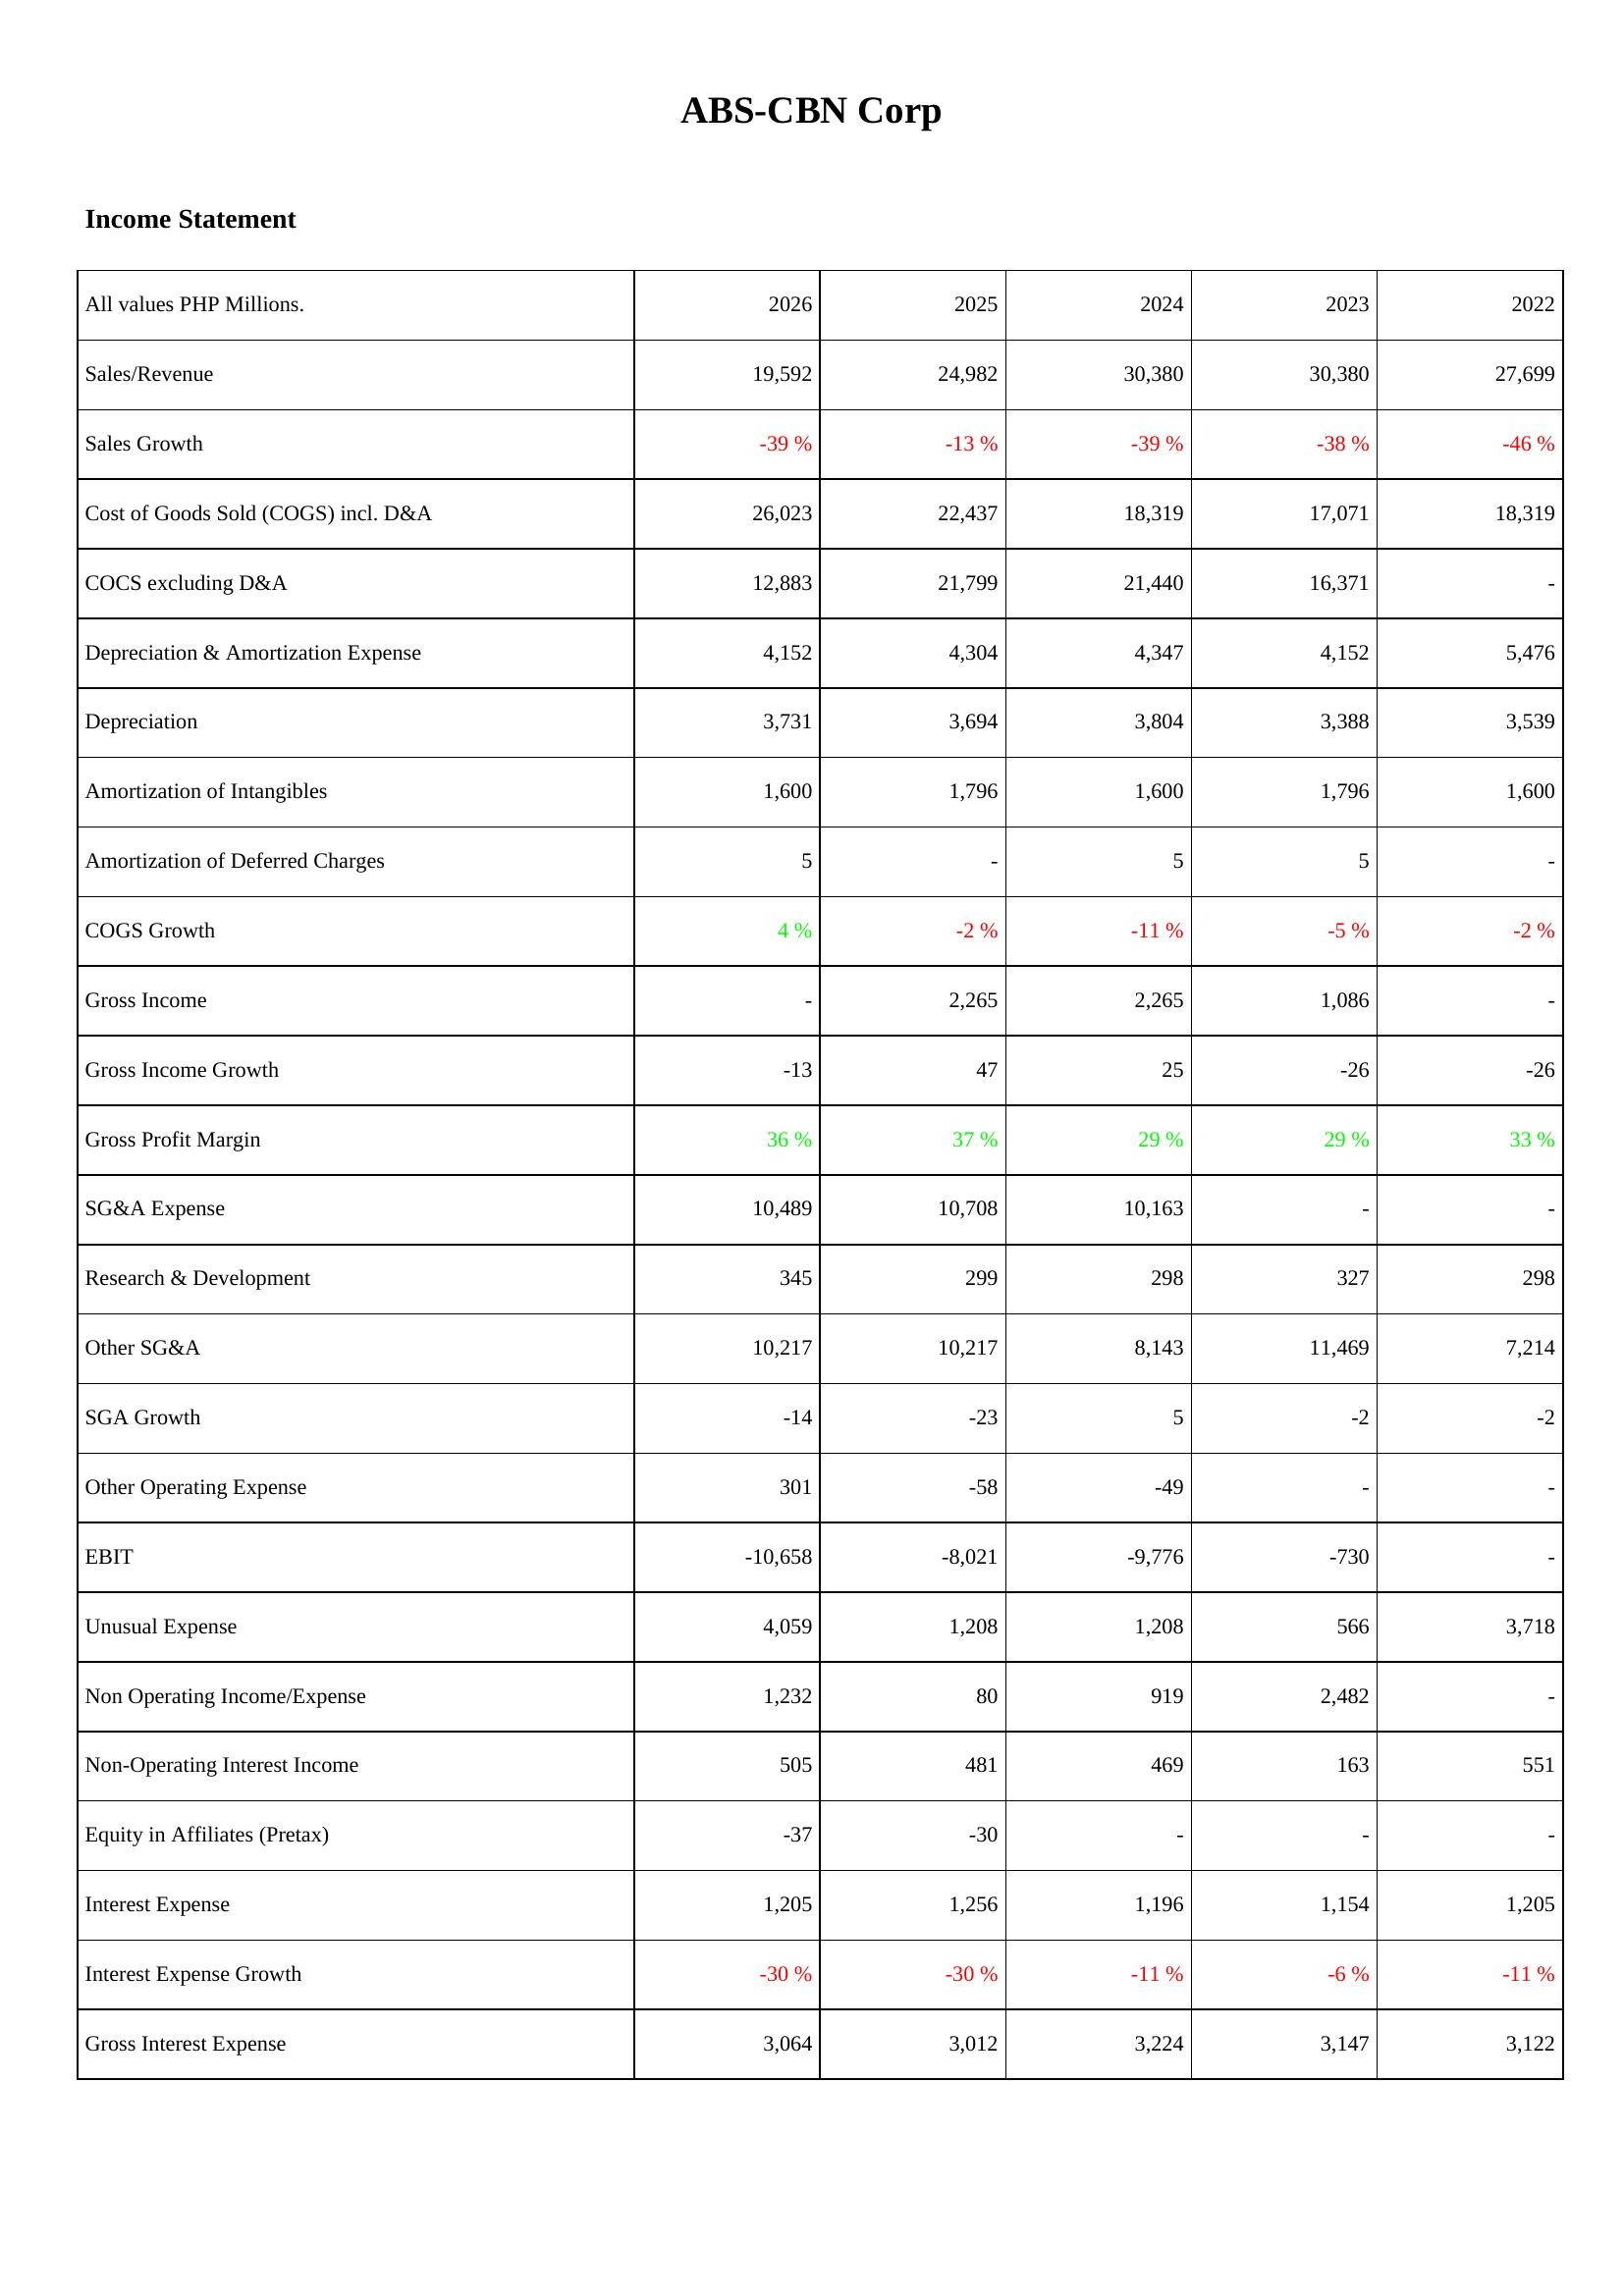
2026: Income Statement: Sales/Revenue: 19,592
Sales Growth: -39 %
Cost of Goods Sold (COGS) incl. D&A: 26,023
COCS excluding D&A: 12,883
Depreciation & Amortization Expense: 4,152
Depreciation: 3,731
Amortization of Intangibles: 1,600
Amortization of Deferred Charges: 5
COGS Growth: 4 %
Gross Income: -
Gross Income Growth: -13
Gross Profit Margin: 36 %
SG&A Expense: 10,489
Research & Development: 345
Other SG&A: 10,217
SGA Growth: -14
Other Operating Expense: 301
EBIT: -10,658
Unusual Expense: 4,059
Non Operating Income/Expense: 1,232
Non-Operating Interest Income: 505
Equity in Affiliates (Pretax): -37
Interest Expense: 1,205
Interest Expense Growth: -30 %
Gross Interest Expense: 3,064
2025: Income Statement: Sales/Revenue: 24,982
Sales Growth: -13 %
Cost of Goods Sold (COGS) incl. D&A: 22,437
COCS excluding D&A: 21,799
Depreciation & Amortization Expense: 4,304
Depreciation: 3,694
Amortization of Intangibles: 1,796
Amortization of Deferred Charges: -
COGS Growth: -2 %
Gross Income: 2,265
Gross Income Growth: 47
Gross Profit Margin: 37 %
SG&A Expense: 10,708
Research & Development: 299
Other SG&A: 10,217
SGA Growth: -23
Other Operating Expense: -58
EBIT: -8,021
Unusual Expense: 1,208
Non Operating Income/Expense: 80
Non-Operating Interest Income: 481
Equity in Affiliates (Pretax): -30
Interest Expense: 1,256
Interest Expense Growth: -30 %
Gross Interest Expense: 3,012
2024: Income Statement: Sales/Revenue: 30,380
Sales Growth: -39 %
Cost of Goods Sold (COGS) incl. D&A: 18,319
COCS excluding D&A: 21,440
Depreciation & Amortization Expense: 4,347
Depreciation: 3,804
Amortization of Intangibles: 1,600
Amortization of Deferred Charges: 5
COGS Growth: -11 %
Gross Income: 2,265
Gross Income Growth: 25
Gross Profit Margin: 29 %
SG&A Expense: 10,163
Research & Development: 298
Other SG&A: 8,143
SGA Growth: 5
Other Operating Expense: -49
EBIT: -9,776
Unusual Expense: 1,208
Non Operating Income/Expense: 919
Non-Operating Interest Income: 469
Equity in Affiliates (Pretax): -
Interest Expense: 1,196
Interest Expense Growth: -11 %
Gross Interest Expense: 3,224
2023: Income Statement: Sales/Revenue: 30,380
Sales Growth: -38 %
Cost of Goods Sold (COGS) incl. D&A: 17,071
COCS excluding D&A: 16,371
Depreciation & Amortization Expense: 4,152
Depreciation: 3,388
Amortization of Intangibles: 1,796
Amortization of Deferred Charges: 5
COGS Growth: -5 %
Gross Income: 1,086
Gross Income Growth: -26
Gross Profit Margin: 29 %
SG&A Expense: -
Research & Development: 327
Other SG&A: 11,469
SGA Growth: -2
Other Operating Expense: -
EBIT: -730
Unusual Expense: 566
Non Operating Income/Expense: 2,482
Non-Operating Interest Income: 163
Equity in Affiliates (Pretax): -
Interest Expense: 1,154
Interest Expense Growth: -6 %
Gross Interest Expense: 3,147
2022: Income Statement: Sales/Revenue: 27,699
Sales Growth: -46 %
Cost of Goods Sold (COGS) incl. D&A: 18,319
COCS excluding D&A: -
Depreciation & Amortization Expense: 5,476
Depreciation: 3,539
Amortization of Intangibles: 1,600
Amortization of Deferred Charges: -
COGS Growth: -2 %
Gross Income: -
Gross Income Growth: -26
Gross Profit Margin: 33 %
SG&A Expense: -
Research & Development: 298
Other SG&A: 7,214
SGA Growth: -2
Other Operating Expense: -
EBIT: -
Unusual Expense: 3,718
Non Operating Income/Expense: -
Non-Operating Interest Income: 551
Equity in Affiliates (Pretax): -
Interest Expense: 1,205
Interest Expense Growth: -11 %
Gross Interest Expense: 3,122